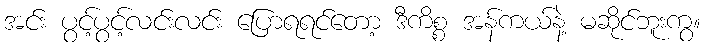
အင်း ပွင့်ပွင့်လင်းလင်း ပြောရရင်တော့ ဒီကိစ္စ အန်ကယ်နဲ့ မဆိုင်ဘူးကွ။